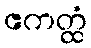
ဧကတ္ထံ